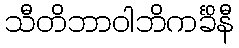
သီတိဘာဝါဘိကင်္ခိနီ